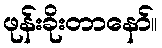
ဖုန်းခိုးတာနော်။